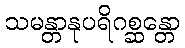
သမန္တာနုပရိဂစ္ဆန္တော